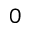
_ { 0 }